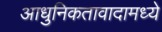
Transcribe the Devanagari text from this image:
आधुनिकतावादामध्ये